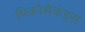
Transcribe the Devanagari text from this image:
पिकोसेकंड्स